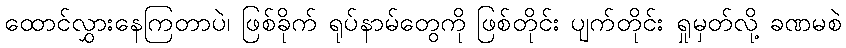
ထောင်လွှားနေကြတာပဲ၊ ဖြစ်ခိုက် ရုပ်နာမ်တွေကို ဖြစ်တိုင်း ပျက်တိုင်း ရှုမှတ်လို့ ခဏမစဲ